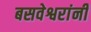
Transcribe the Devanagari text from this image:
बसवेश्वरांनी